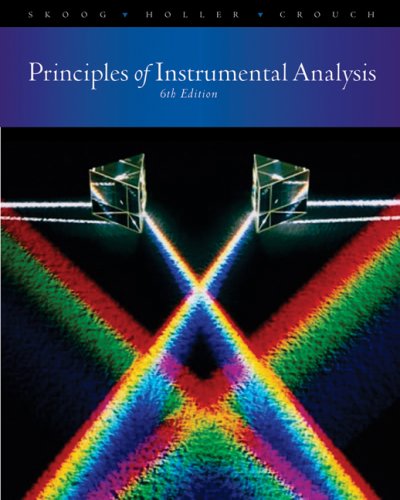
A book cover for Principles of Instrumental Analysis; Douglas A. Skoog; Science & Math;